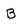
Character: B